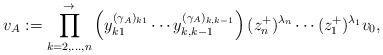
LaTeX: \begin{align*}v_A:= \prod_{k=2,\dots,n}^\rightarrow \left(y_{k1}^{(\gamma_A)_{k1}}\cdots y_{k,k-1}^{(\gamma_A)_{k,k-1}}\right)(z_n^+)^{\lambda_n}\cdots (z_1^+)^{\lambda_1}v_0,\end{align*}